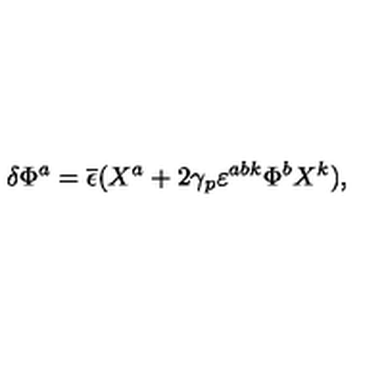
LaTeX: \delta \Phi ^ { a } = \overline { \epsilon } ( X ^ { a } + 2 \gamma _ { p } \varepsilon ^ { a b k } \Phi ^ { b } X ^ { k } ) ,